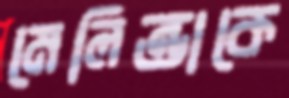
মেলিন্ডাকে